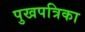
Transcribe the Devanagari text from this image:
पुखपत्रिका